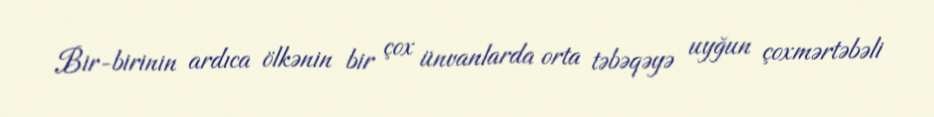
Bir-birinin ardıca ölkənin bir çox ünvanlarda orta təbəqəyə uyğun çoxmərtəbəli